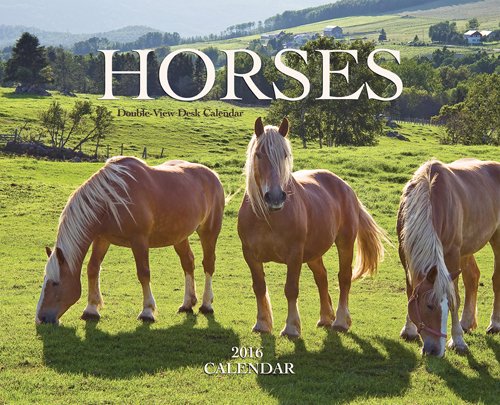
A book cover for Horses 2016 Double-View Easel Wyman; Browntrout Publishers; Calendars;